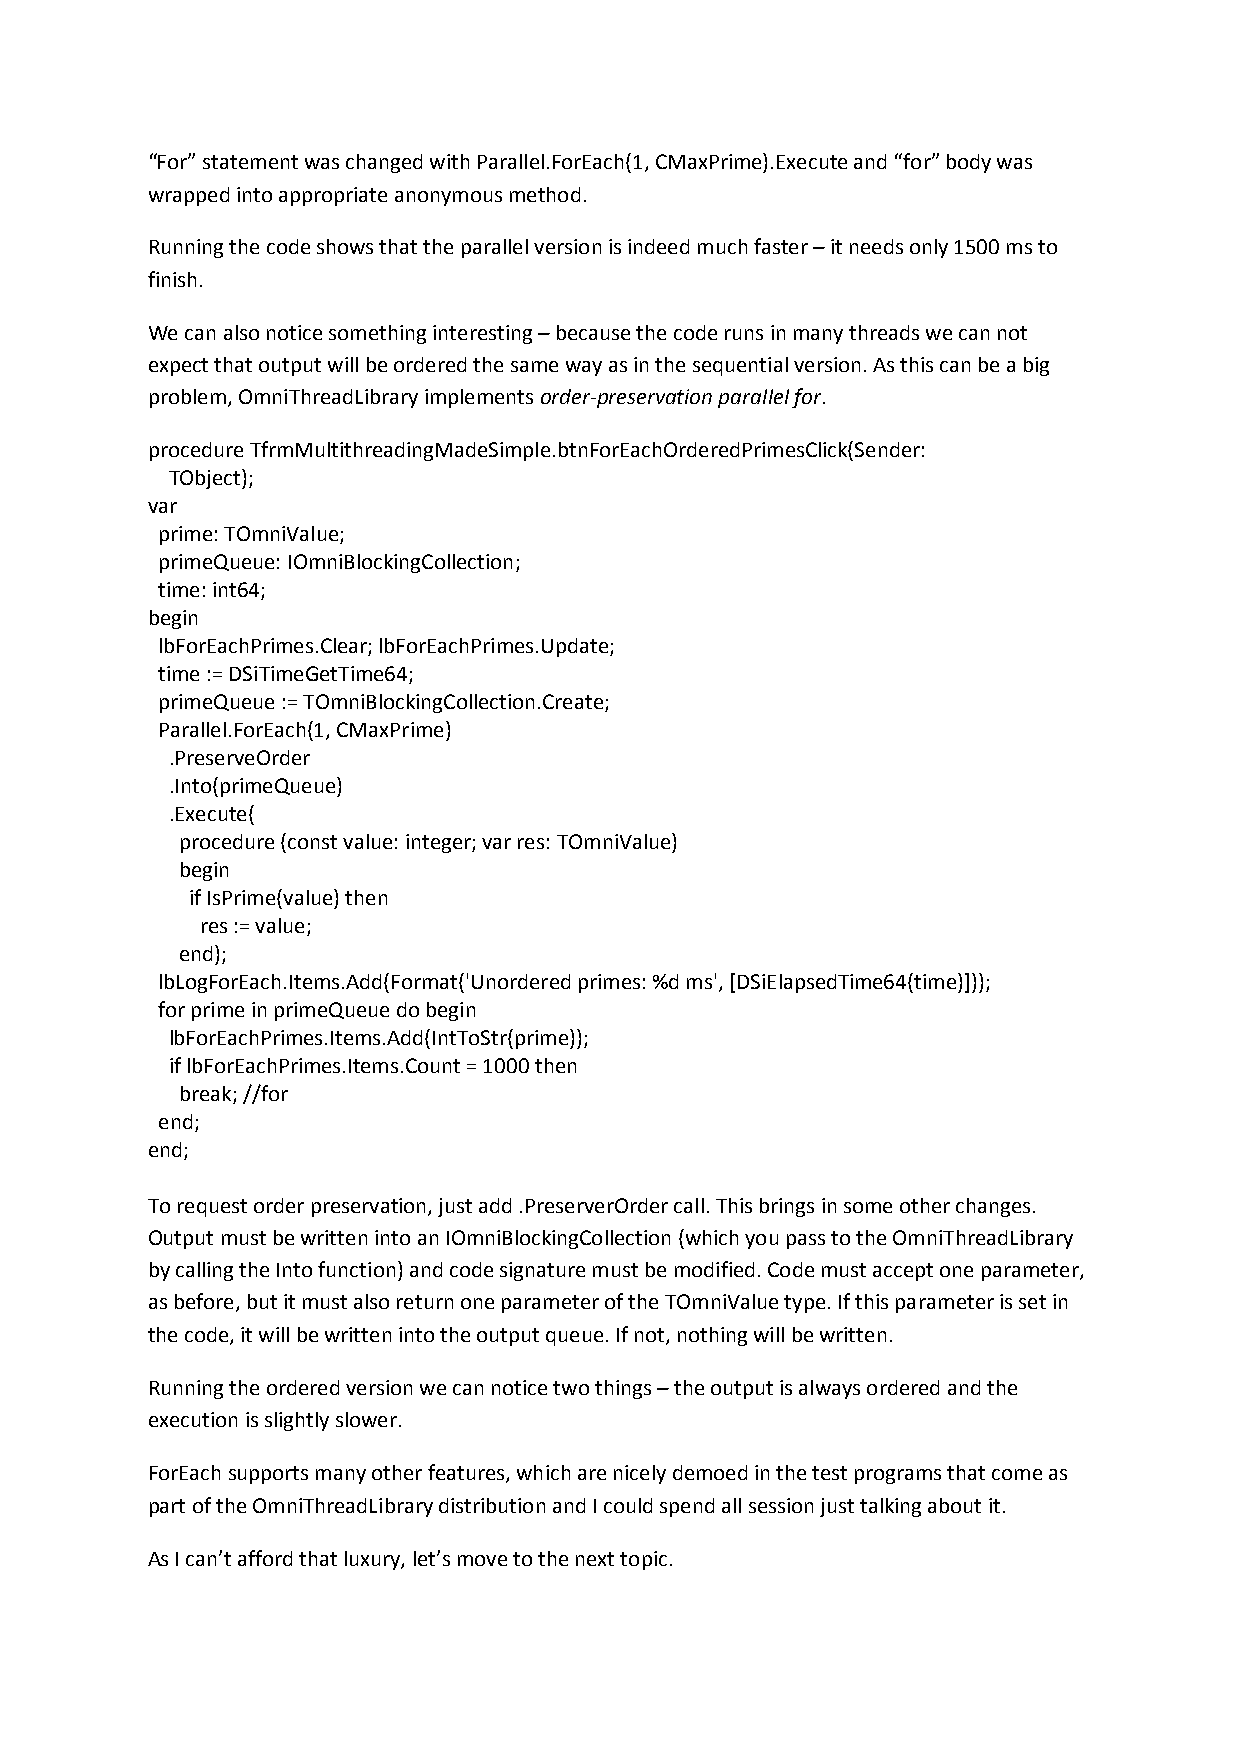
“For” statement was changed with Parallel.ForEach(1, CMaxPrime).Execute and “for” body was
 wrapped into appropriate anonymous method.
 Running the code shows that the parallel version is indeed much faster – it needs only 1500 ms to
 finish.
 We can also notice something interesting – because the code runs in many threads we can not
 expect that output will be ordered the same way as in the sequential version. As this can be a big
 problem, OmniThreadLibrary implements order-preservation parallel for.
 procedure TfrmMultithreadingMadeSimple.btnForEachOrderedPrimesClick(Sender:
 TObject);
 var
 prime: TOmniValue;
 primeQueue: IOmniBlockingCollection;
 time: int64;
 begin
 lbForEachPrimes.Clear; lbForEachPrimes.Update;
 time := DSiTimeGetTime64;
 primeQueue := TOmniBlockingCollection.Create;
 Parallel.ForEach(1, CMaxPrime)
 .PreserveOrder
 .Into(primeQueue)
 .Execute(
 procedure (const value: integer; var res: TOmniValue)
 begin
 if IsPrime(value) then
 res := value;
 end);
 lbLogForEach.Items.Add(Format('Unordered primes: %d ms', [DSiElapsedTime64(time)]));
 for prime in primeQueue do begin
 lbForEachPrimes.Items.Add(IntToStr(prime));
 if lbForEachPrimes.Items.Count = 1000 then
 break; //for
 end;
 end;
 To request order preservation, just add .PreserverOrder call. This brings in some other changes.
 Output must be written into an IOmniBlockingCollection (which you pass to the OmniThreadLibrary
 by calling the Into function) and code signature must be modified. Code must accept one parameter,
 as before, but it must also return one parameter of the TOmniValue type. If this parameter is set in
 the code, it will be written into the output queue. If not, nothing will be written.
 Running the ordered version we can notice two things – the output is always ordered and the
 execution is slightly slower.
 ForEach supports many other features, which are nicely demoed in the test programs that come as
 part of the OmniThreadLibrary distribution and I could spend all session just talking about it.
 As I can’t afford that luxury, let’s move to the next topic.